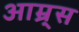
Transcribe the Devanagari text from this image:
आम्र्स